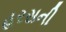
હરસની